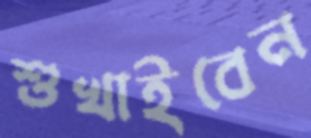
শুখাইবেন